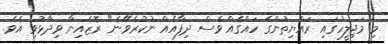
މި މަޖިލީހުގައި ރައްޔިތުންގެ ހައްގެއް ވެސް ދިފާއެއް ނުކުރެވޭނެ" ރޮޒެއިނާ ވިދާޅުވި އެވެ.